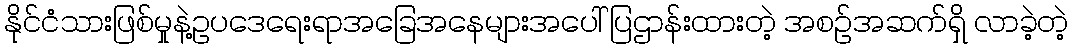
နိုင်ငံသားဖြစ်မှုနဲ့ဥပဒေရေးရာအခြေအနေများအပေါ် ပြဌာန်းထားတဲ့ အစဉ်အဆက်ရှိ လာခဲ့တဲ့